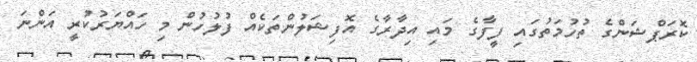
ކޮރަޕްޝަންގެ ތުހުމަތުގައި ފީފާގެ މައި އިދާރާގެ އޮފިޝަލުންތަކެއް ފުލުހުން މި ހައްޔަރުކުރީ އަންނަ